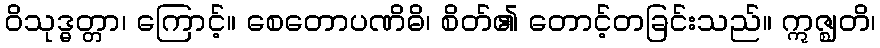
ဝိသုဒ္ဓတ္တာ၊ ကြောင့်။ စေတောပဏိဓိ၊ စိတ်၏ တောင့်တခြင်းသည်။ ဣဇ္ဈတိ၊